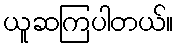
ယူဆကြပါတယ်။